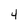
Character: 4